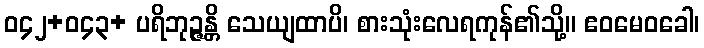
ဝ၄၂+ဝ၄၃+ ပရိဘုဉ္ဇန္တိ သေယျထာပိ၊ စားသုံးလေရကုန်၏သို့။ ဧဝမေဝခေါ၊